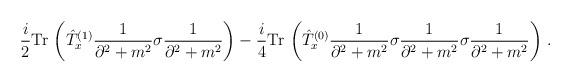
LaTeX: \begin{align*}\frac{i}{2}{\rm Tr}\,\left(\hat{T}_x^{(1)}\frac{1}{\partial^2+m^2}\sigma\frac{1}{\partial^2+m^2}\right)-\frac{i}{4}{\rm Tr}\,\left(\hat{T}_x^{(0)}\frac{1}{\partial^2+m^2}\sigma\frac{1}{\partial^2+m^2}\sigma\frac{1}{\partial^2+m^2}\right)\,.\end{align*}